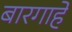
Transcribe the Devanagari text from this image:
बारगाहे